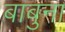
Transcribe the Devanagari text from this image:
बाबुना